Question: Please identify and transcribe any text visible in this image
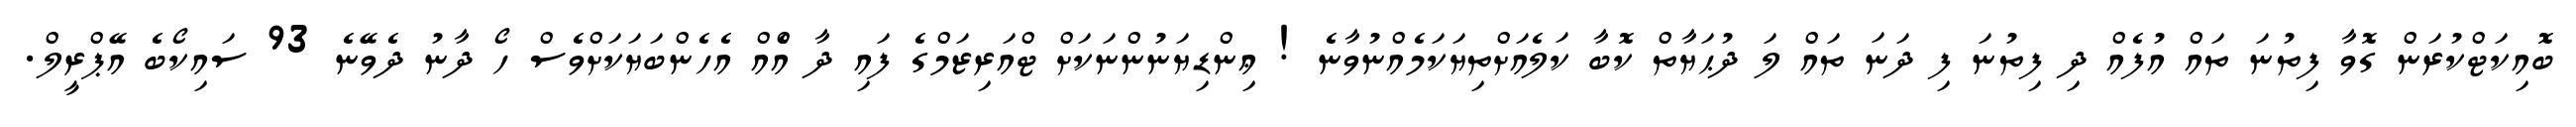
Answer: ބޮއިކަޓްކުރަން ގޮވާ ފިތުނަ ތައް އުފެއް ދި ފިތުނަ ފި ދަނަ ތައް ލަ ދުޙަޔާތް ކޮބާ ކަލެއަށްތިޔަކަމެއްނުވާނެ ! ޢިންޑިޔަނުންނަކަށް ޓްއަރިޒަމްގެ ފައި ދާ އެްއް އެހެންބަޔަކަށްވެސް ހޯ ދާނު ދެވޭނެ 93 ސައިކޯބެ އޭޕްރީލް.